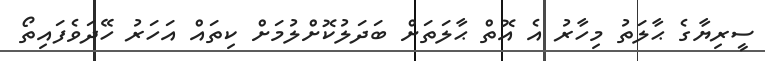
ސީރިޔާގެ ޙާލަތު މިހާރު އެ އޮތް ޙާލަތަށް ބަދަލުކޮށްލުމަށް ކިތައް އަހަރު ހޭދަވެފައިތޯ